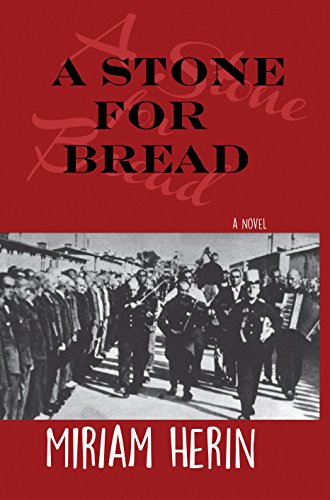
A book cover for A Stone for Bread; Miriam Herin; Romance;